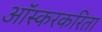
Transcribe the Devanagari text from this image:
ऑस्करकरिता